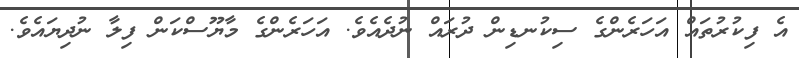
އެ ފިކުރުތައް އަހަރެންގެ ސިކުނޑިން ދުރައް ނުދެއެވެ. އަހަރެންގެ މާޔޫސްކަން ފިލާ ނުދިޔައެވެ.